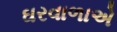
ઘરવાળાએ